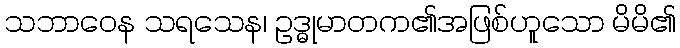
သဘာဝေန သရသေန၊ ဥဒ္ဓုမာတက၏အဖြစ်ဟူသော မိမိ၏